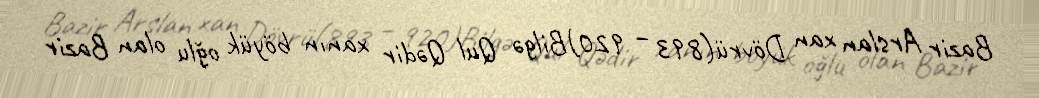
Bazir Arslan xan Dövrü(893 – 920)Bilgə Qul Qədir xanın böyük oğlu olan Bazir